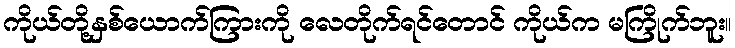
ကိုယ်တို့နှစ်ယောက်ကြားကို လေတိုက်ရင်တောင် ကိုယ်က မကြိုက်ဘူး။